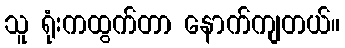
သူ ရုံးကထွက်တာ နောက်ကျတယ်။